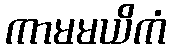
ကာမမယိကံ